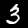
Digit: 3